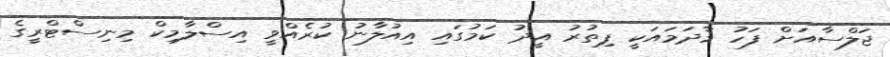
ޖަލްސާއަށް ފަހު މާދަމައަކީ ފިތުރު އީދު ކަމުގައި އިއުލާނު ކުރެއްވީ އިސްލާމިކް މިނިސްޓްރީގެ